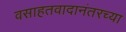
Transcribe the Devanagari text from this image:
वसाहतवादानंतरच्या